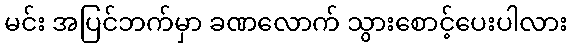
မင်း အပြင်ဘက်မှာ ခဏလောက် သွားစောင့်ပေးပါလား